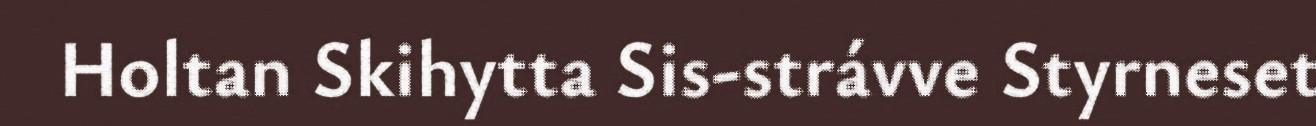
Holtan Skihytta Sis-strávve Styrneset